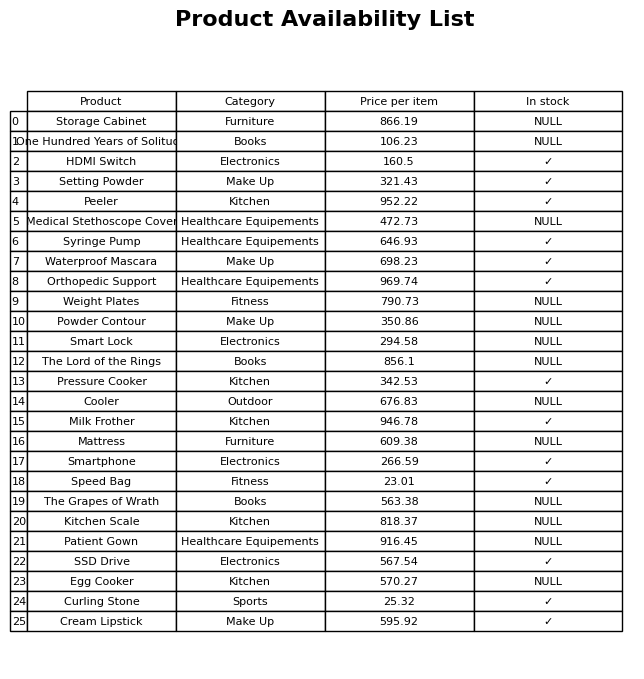
question: What is the price for The Grapes of Wrath?
answer: The price of The Grapes of Wrath is 563.38.